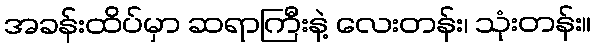
အခန်းထိပ်မှာ ဆရာကြီးနဲ့ လေးတန်း၊ သုံးတန်း။